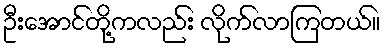
ဦးအောင်တို့ကလည်း လိုက်လာကြတယ်။